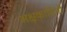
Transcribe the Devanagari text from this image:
अक्षकामिनी